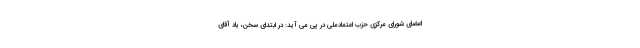
اعضای شورای مرکزی حزب اعتمادملی در پی می آید: در ابتدای سخن، یاد آقای